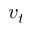
v _ { t }